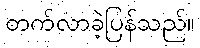
တက်လာခဲ့ပြန်သည်။